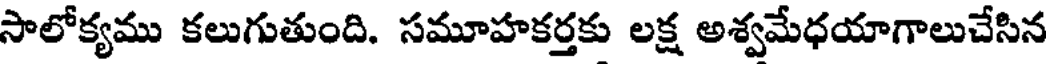
సాలోక్యము కలుగుతుంది. సమూహకర్తకు లక్ష అశ్వమేధయాగాలుచేసిన